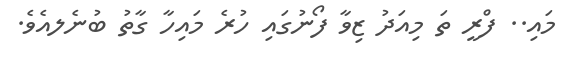
މައި.. ފްރީ ތަ މިއަދު ޒިވާ ފޯނުގައި ހުރެ މައިހާ ގާތު ބުނެލއެވެ.